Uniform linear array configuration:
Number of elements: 4
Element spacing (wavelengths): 0.25
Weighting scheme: hann
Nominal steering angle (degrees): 15
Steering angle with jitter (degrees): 16.15
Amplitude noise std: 0.05
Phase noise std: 0.05

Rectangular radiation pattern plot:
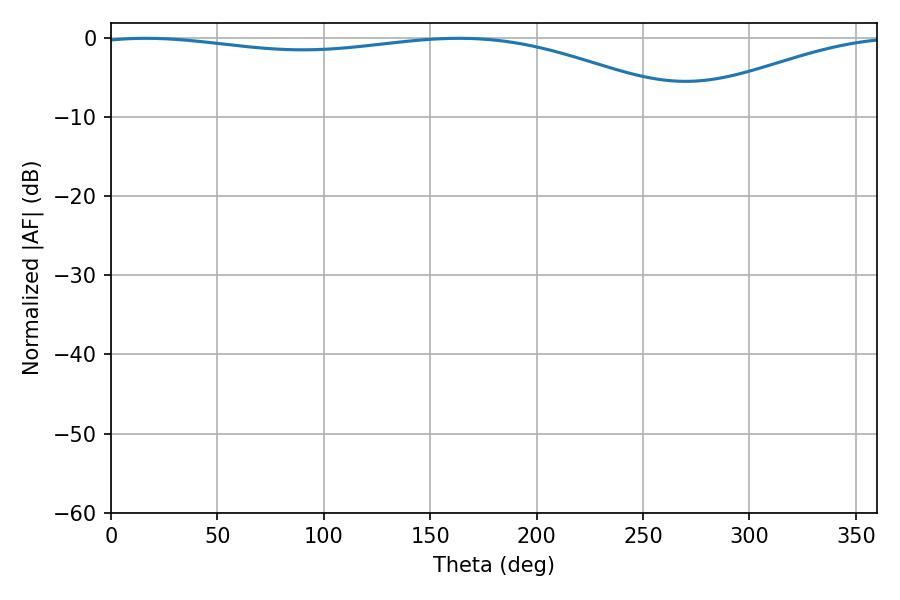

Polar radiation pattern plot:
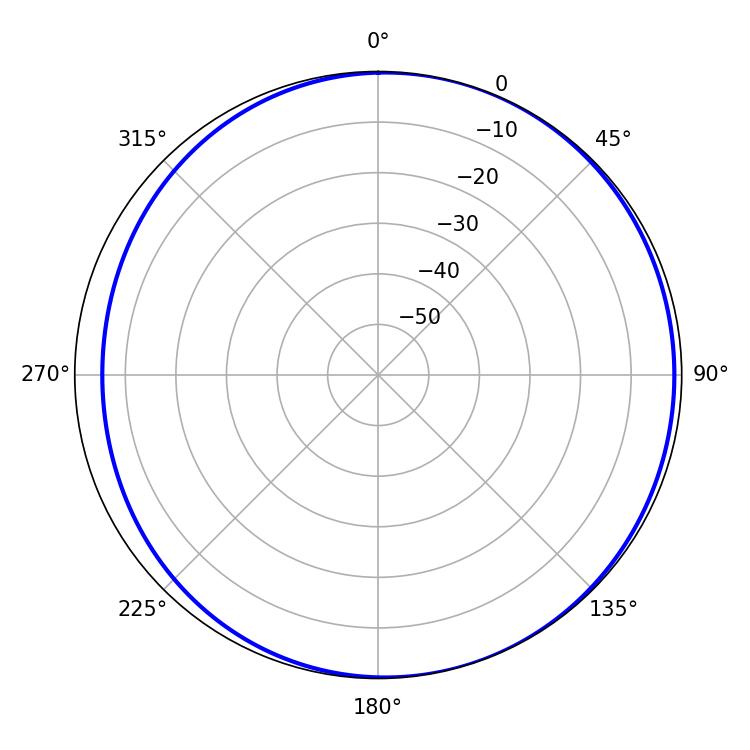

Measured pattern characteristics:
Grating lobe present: FALSE
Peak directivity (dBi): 4.174
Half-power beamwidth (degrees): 225.72
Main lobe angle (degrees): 16.38